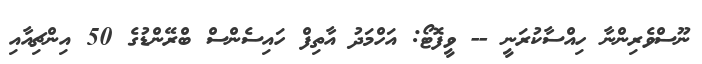
ނޫސްވެރިންނާ ހިއްސާކުރަނީ -- ވީފޮޓޯ: އަހްމަދު އާތިފް ހައިސެންސް ބްރޭންޑުގެ 50 އިންޗިއާއި